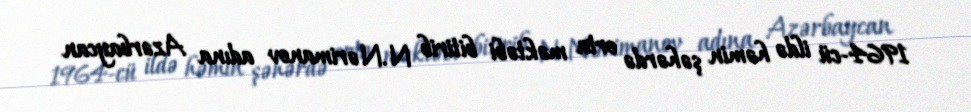
1964-cü ildə həmin şəhərdə orta məktəbi bitirib N.Nərimanov adına Azərbaycan